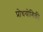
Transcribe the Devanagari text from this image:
प्रोधयोगिकी